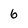
Character: 6